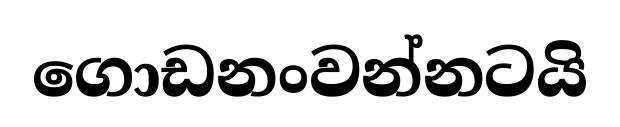
ගොඩනංවන්නටයි